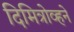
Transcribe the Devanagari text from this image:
दिमित्रोव्हने